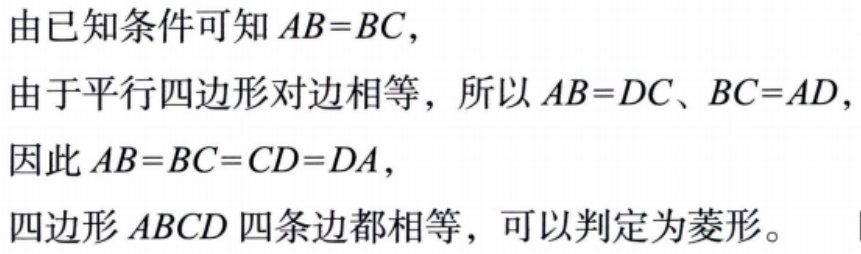
由已知条件可知 \(AB = BC\)，

由于平行四边形对边相等，所以 \(AB = DC\)、\(BC = AD\)，

因此 \(AB = BC = CD = DA\)，

四边形 \(ABCD\) 四条边都相等，可以判定为菱形。